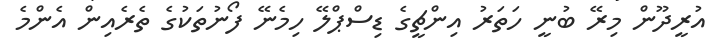
އުރީދޫން މިރޭ ބުނީ ހަތަރު އިންޗީގެ ޑިސްޕްލޭ ހިމެނޭ ފޯނުތަކުގެ ތެރެއިން އެންމެ